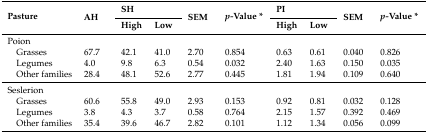
| <ROWSPAN=2> Pasture | <ROWSPAN=2> AH | <COLSPAN=2> SH | <ROWSPAN=2> SEM | <ROWSPAN=2> p-Value * | <COLSPAN=2> PI | <ROWSPAN=2> SEM | <ROWSPAN=2> p-Value * |
 | High | Low | High | Low |
 | --- | --- | --- | --- | --- | --- | --- | --- | --- | --- |
 | Poion |  |  |  |  |  |  |  |  |  |
 | Grasses | 67.7 | 42.1 | 41.0 | 2.70 | 0.854 | 0.63 | 0.61 | 0.040 | 0.826 |
 | Legumes | 4.0 | 9.8 | 6.3 | 0.54 | 0.032 | 2.40 | 1.63 | 0.150 | 0.035 |
 | Other families | 28.4 | 48.1 | 52.6 | 2.77 | 0.445 | 1.81 | 1.94 | 0.109 | 0.640 |
 | Seslerion |  |  |  |  |  |  |  |  |  |
 | Grasses | 60.6 | 55.8 | 49.0 | 2.93 | 0.153 | 0.92 | 0.81 | 0.032 | 0.128 |
 | Legumes | 3.8 | 4.3 | 3.7 | 0.58 | 0.764 | 2.15 | 1.57 | 0.392 | 0.469 |
 | Other families | 35.4 | 39.6 | 46.7 | 2.82 | 0.101 | 1.12 | 1.34 | 0.056 | 0.099 |